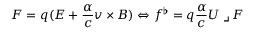
\boldsymbol { F } = q ( \boldsymbol { E } + \frac { \alpha } { c } \boldsymbol { v } \times \boldsymbol { B } ) \Leftrightarrow f ^ { \flat } = q \frac { \alpha } { c } U \mathbin { \lrcorner } F